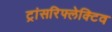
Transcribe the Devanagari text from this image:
ट्रांसरिफ्लेक्टिव